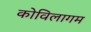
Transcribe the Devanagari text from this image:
कोविलागम